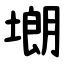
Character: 㙟